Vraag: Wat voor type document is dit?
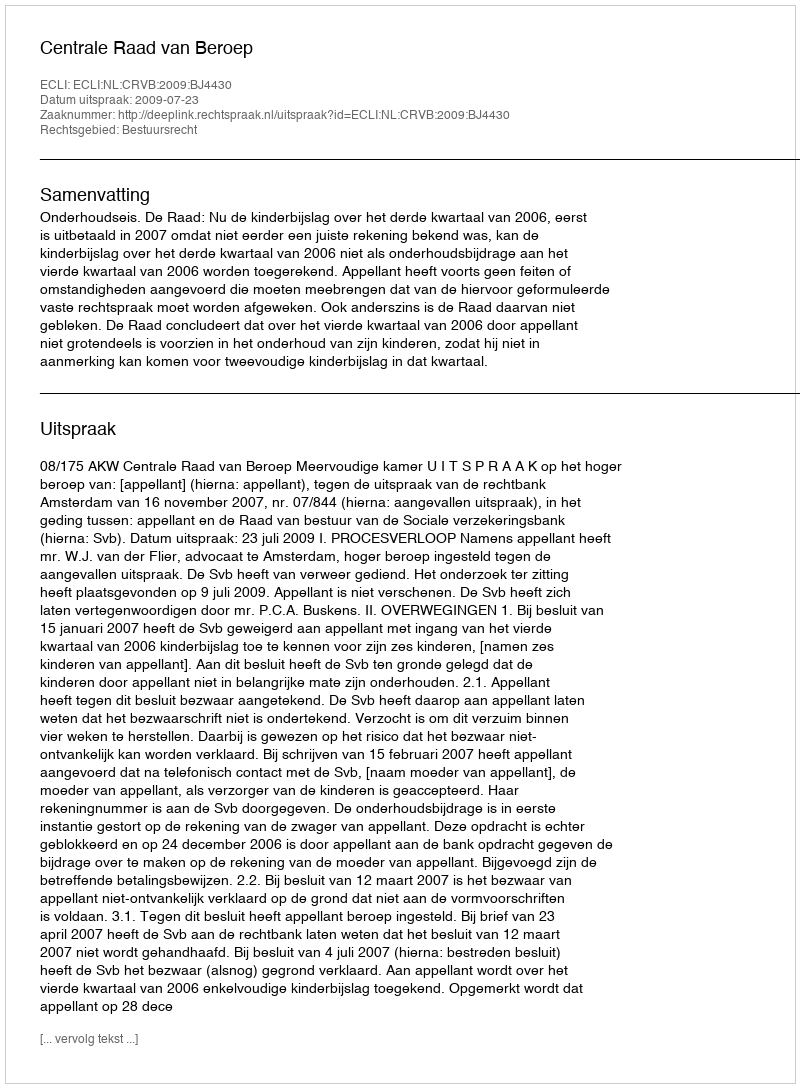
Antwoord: Uitspraak